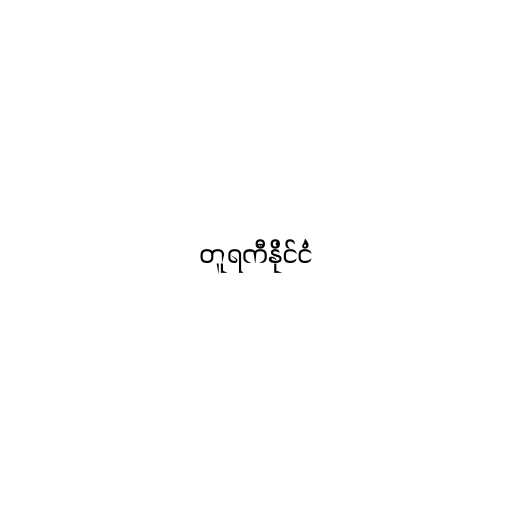
တူရကီနိုင်ငံ